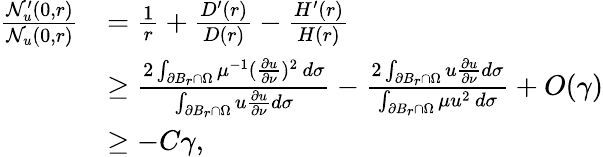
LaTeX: \begin{array}{r}{\begin{array}{rl}{\frac{\mathcal{N}_{u}^{\prime}(0,r)}{\mathcal{N}_{u}(0,r)}}&{=\frac{1}{r}+\frac{D^{\prime}(r)}{D(r)}-\frac{H^{\prime}(r)}{H(r)}}\\ &{\geq\frac{2\int_{\partial B_{r}\cap\Omega}\mu^{-1}(\frac{\partial u}{\partial\nu})^{2}\, d\sigma}{\int_{\partial B_{r}\cap\Omega}u\frac{\partial u}{\partial\nu}d\sigma}-\frac{2\int_{\partial B_{r}\cap\Omega}u\frac{\partial u}{\partial\nu}d\sigma}{\int_{\partial B_{r}\cap\Omega}\mu u^{2}\, d\sigma}+O(\gamma)}\\ &{\geq-C\gamma,}\end{array}}\end{array}